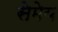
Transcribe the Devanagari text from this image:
सेमेय